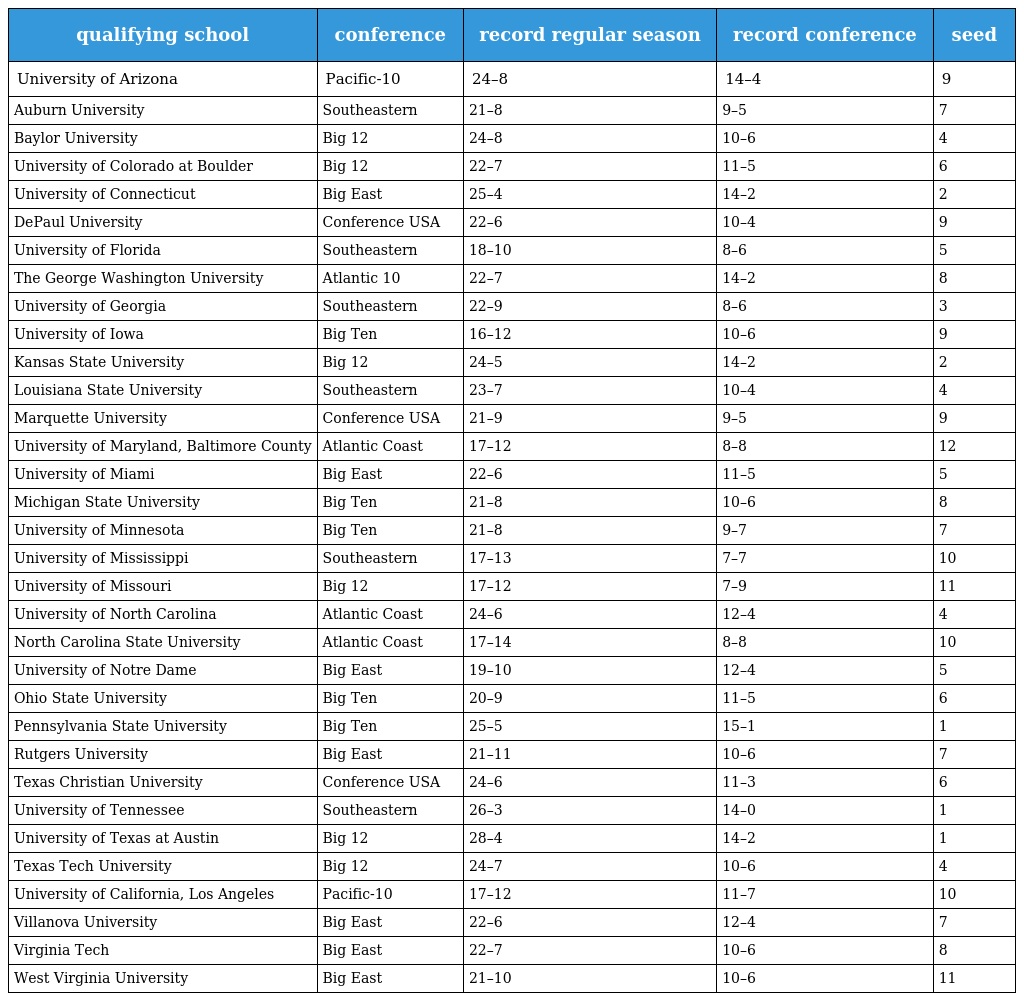
| qualifying school | conference | record regular season | record conference | seed |
 | --- | --- | --- | --- | --- |
 | University of Arizona | Pacific-10 | 24–8 | 14–4 | 9 |
 | Auburn University | Southeastern | 21–8 | 9–5 | 7 |
 | Baylor University | Big 12 | 24–8 | 10–6 | 4 |
 | University of Colorado at Boulder | Big 12 | 22–7 | 11–5 | 6 |
 | University of Connecticut | Big East | 25–4 | 14–2 | 2 |
 | DePaul University | Conference USA | 22–6 | 10–4 | 9 |
 | University of Florida | Southeastern | 18–10 | 8–6 | 5 |
 | The George Washington University | Atlantic 10 | 22–7 | 14–2 | 8 |
 | University of Georgia | Southeastern | 22–9 | 8–6 | 3 |
 | University of Iowa | Big Ten | 16–12 | 10–6 | 9 |
 | Kansas State University | Big 12 | 24–5 | 14–2 | 2 |
 | Louisiana State University | Southeastern | 23–7 | 10–4 | 4 |
 | Marquette University | Conference USA | 21–9 | 9–5 | 9 |
 | University of Maryland, Baltimore County | Atlantic Coast | 17–12 | 8–8 | 12 |
 | University of Miami | Big East | 22–6 | 11–5 | 5 |
 | Michigan State University | Big Ten | 21–8 | 10–6 | 8 |
 | University of Minnesota | Big Ten | 21–8 | 9–7 | 7 |
 | University of Mississippi | Southeastern | 17–13 | 7–7 | 10 |
 | University of Missouri | Big 12 | 17–12 | 7–9 | 11 |
 | University of North Carolina | Atlantic Coast | 24–6 | 12–4 | 4 |
 | North Carolina State University | Atlantic Coast | 17–14 | 8–8 | 10 |
 | University of Notre Dame | Big East | 19–10 | 12–4 | 5 |
 | Ohio State University | Big Ten | 20–9 | 11–5 | 6 |
 | Pennsylvania State University | Big Ten | 25–5 | 15–1 | 1 |
 | Rutgers University | Big East | 21–11 | 10–6 | 7 |
 | Texas Christian University | Conference USA | 24–6 | 11–3 | 6 |
 | University of Tennessee | Southeastern | 26–3 | 14–0 | 1 |
 | University of Texas at Austin | Big 12 | 28–4 | 14–2 | 1 |
 | Texas Tech University | Big 12 | 24–7 | 10–6 | 4 |
 | University of California, Los Angeles | Pacific-10 | 17–12 | 11–7 | 10 |
 | Villanova University | Big East | 22–6 | 12–4 | 7 |
 | Virginia Tech | Big East | 22–7 | 10–6 | 8 |
 | West Virginia University | Big East | 21–10 | 10–6 | 11 |